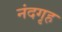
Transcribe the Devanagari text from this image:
नंदगृह